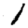
Digit: 1